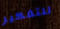
للتفكير